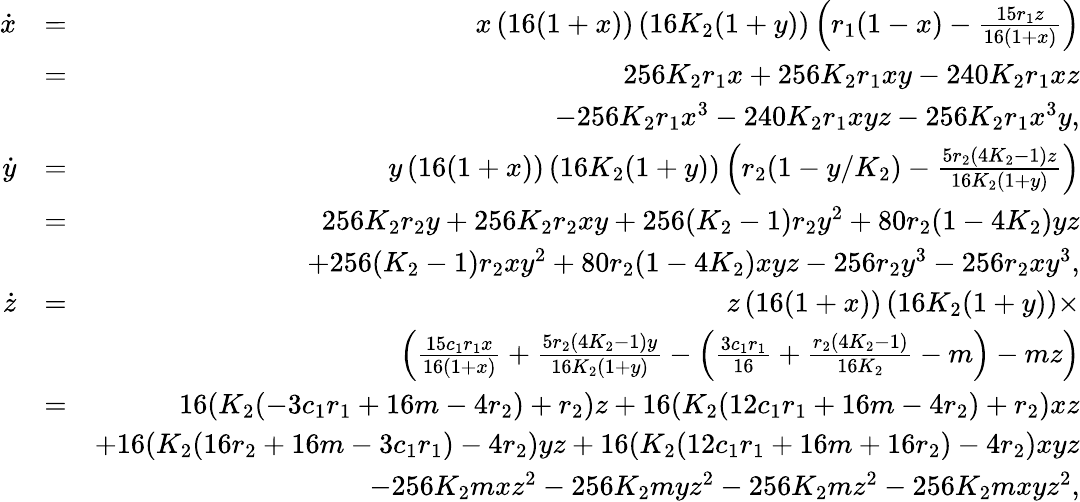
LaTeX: \begin{array}{rlr}{\dot{x}}&{=}&{x\left(16(1+x)\right)\left(16K_{2}(1+y)\right)\left(r_{1}(1-x)-\frac{15r_{1}z}{16(1+x)}\right)}\\ &{=}&{256K_{2}r_{1}x+256K_{2}r_{1}xy-240K_{2}r_{1}xz}\\ &{}&{-256K_{2}r_{1}x^{3}-240K_{2}r_{1}xyz-256K_{2}r_{1}x^{3}y,}\\ {\dot{y}}&{=}&{y\left(16(1+x)\right)\left(16K_{2}(1+y)\right)\left(r_{2}(1-y/K_{2})-\frac{5r_{2}(4K_{2}-1)z}{16K_{2}(1+y)}\right)}\\ &{=}&{256K_{2}r_{2}y+256K_{2}r_{2}xy+256(K_{2}-1)r_{2}y^{2}+80r_{2}(1-4K_{2})yz}\\ &{}&{+256(K_{2}-1)r_{2}xy^{2}+80r_{2}(1-4K_{2})xyz-256r_{2}y^{3}-256r_{2}xy^{3},}\\ {\dot{z}}&{=}&{z\left(16(1+x)\right)\left(16K_{2}(1+y)\right)\times}\\ &{}&{\left(\frac{15c_{1}r_{1}x}{16(1+x)}+\frac{5r_{2}(4K_{2}-1)y}{16K_{2}(1+y)}-\left(\frac{3c_{1}r_{1}}{16}+\frac{r_{2}(4K_{2}-1)}{16K_{2}}-m\right)-mz\right)}\\ &{=}&{16(K_{2}(-3c_{1}r_{1}+16m-4r_{2})+r_{2})z+16(K_{2}(12c_{1}r_{1}+16m-4r_{2})+r_{2})xz}\\ &{}&{+16(K_{2}(16r_{2}+16m-3c_{1}r_{1})-4r_{2})yz+16(K_{2}(12c_{1}r_{1}+16m+16r_{2})-4r_{2})xyz}\\ &{}&{-256K_{2}mxz^{2}-256K_{2}myz^{2}-256K_{2}mz^{2}-256K_{2}mxyz^{2},}\end{array}